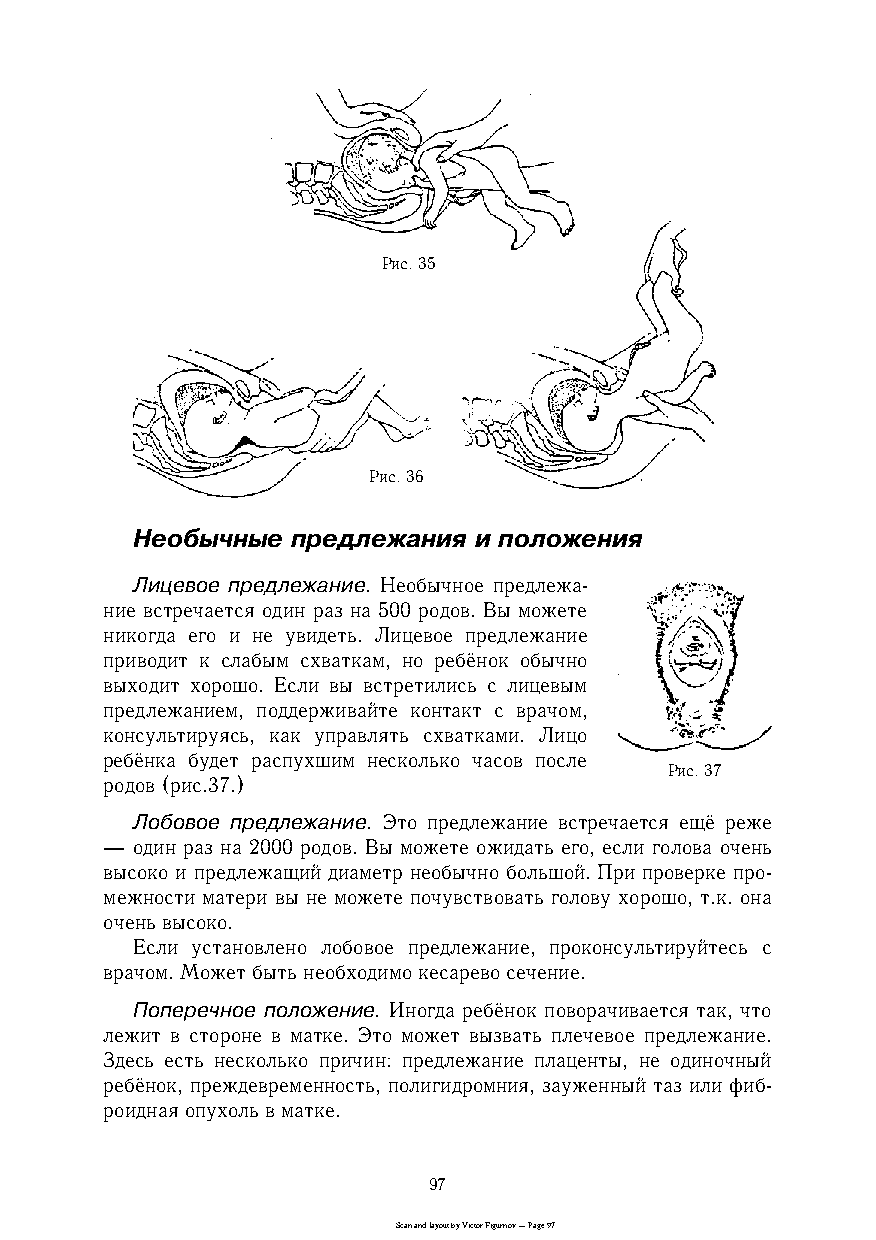
Рис. 35
 Рис. 36
 Необычные предлежания и положения
 Лицевое предлежание. Необычное предлежаc
 ние встречается один раз на 500 родов. Вы можете
 никогда его и не увидеть. Лицевое предлежание
 приводит к слабым схваткам, но ребёнок обычно
 выходит хорошо. Если вы встретились с лицевым
 предлежанием, поддерживайте контакт с врачом,
 консультируясь, как управлять схватками. Лицо
 ребёнка будет распухшим несколько часов после
 Рис. 37
 родов (рис.37.)
 Лобовое предлежание. Это предлежание встречается ещё реже
 — один раз на 2000 родов. Вы можете ожидать его, если голова очень
 высоко и предлежащий диаметр необычно большой. При проверке проc
 межности матери вы не можете почувствовать голову хорошо, т.к. она
 очень высоко.
 Если установлено лобовое предлежание, проконсультируйтесь с
 врачом. Может быть необходимо кесарево сечение.
 Поперечное положение. Иногда ребёнок поворачивается так, что
 лежит в стороне в матке. Это может вызвать плечевое предлежание.
 Здесь есть несколько причин: предлежание плаценты, не одиночный
 ребёнок, преждевременность, полигидромния, зауженный таз или фибc
 роидная опухоль в матке.
 97
 Scan and layout by Victor Figurnov — Page 97